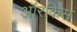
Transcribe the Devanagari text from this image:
ऑरकिस